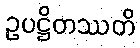
ဥပဋ္ဌိတဿတိ